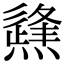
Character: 𤑊